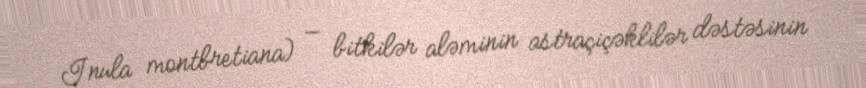
Inula montbretiana) — bitkilər aləminin astraçiçəklilər dəstəsinin